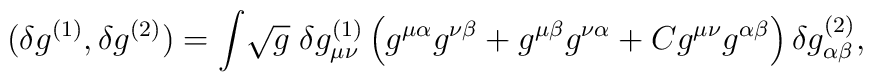
(\delta g^{(1)}, \delta g^{(2)}) = \int \! \sqrt{g} \; \delta   g^{(1)}_{\mu\nu} \left( g^{\mu\alpha}g^{\nu\beta} +   g^{\mu\beta}g^{\nu\alpha} + C g^{\mu\nu}g^{\alpha\beta} \right)   \delta g^{(2)}_{\alpha\beta},